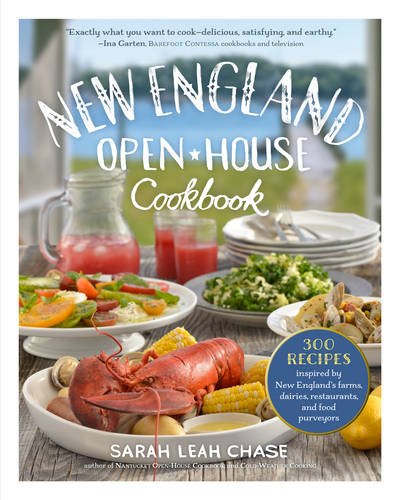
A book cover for New England Open-House Cookbook: 300 Recipes Inspired by the Bounty of New England; Sarah Leah Chase; Cookbooks, Food & Wine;